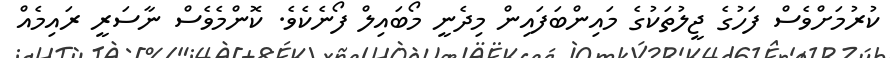
ކުރުމަށްވެސް ފަހުގެ ޖީލުތަކުގެ މައިންބަފައިން މިދެނީ މޯބައިލް ފޯނެކެވެ. ކޮންމެވެސް ނާސަރީ ރައިމެއް